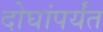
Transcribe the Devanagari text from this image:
दोघांपर्यंत